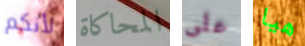
لأنكم المحاكاة على هيا